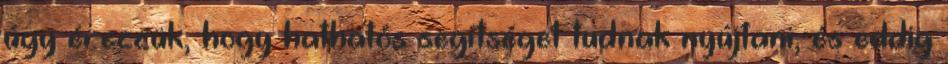
úgy érezzük, hogy hathatós segítséget tudnak nyújtani, és eddig